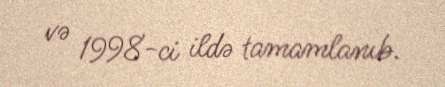
və 1998-ci ildə tamamlanıb.